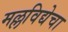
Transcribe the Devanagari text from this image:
मल्लविद्येचा